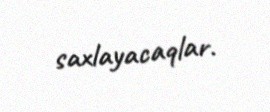
saxlayacaqlar.